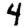
Digit: 4